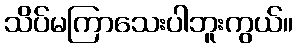
သိပ်မကြာသေးပါဘူးကွယ်။